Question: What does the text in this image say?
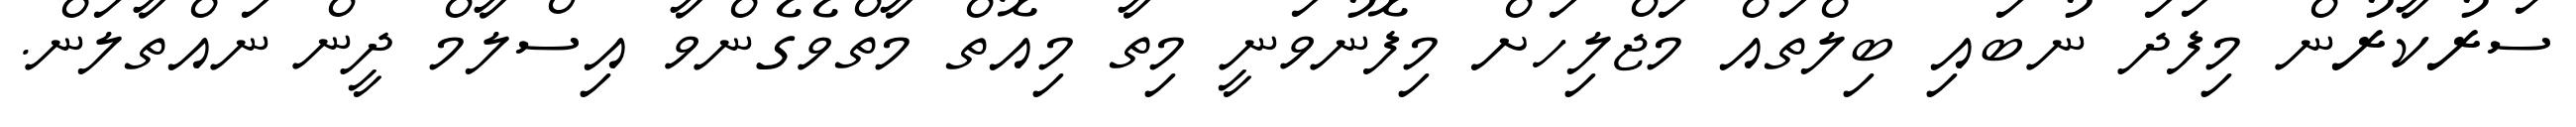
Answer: ސަރުކާރުން މިފަދަ ނުބައި ބިލްތައް މަޖްލިހަށް މިފޮނުވަނީ މިތާ މިއޮތް މާތްވެގެންވާ އިސްލާމް ދީން ނައްތާލަން.